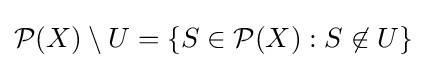
{\mathcal {P}}(X)\setminus U=\left\{S\in {\mathcal {P}}(X):S\not \in U\right\}